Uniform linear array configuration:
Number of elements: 64
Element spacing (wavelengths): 0.25
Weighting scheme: cosine
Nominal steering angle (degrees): -30
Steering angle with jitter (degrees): -28.232
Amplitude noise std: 0.05
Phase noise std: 0.05

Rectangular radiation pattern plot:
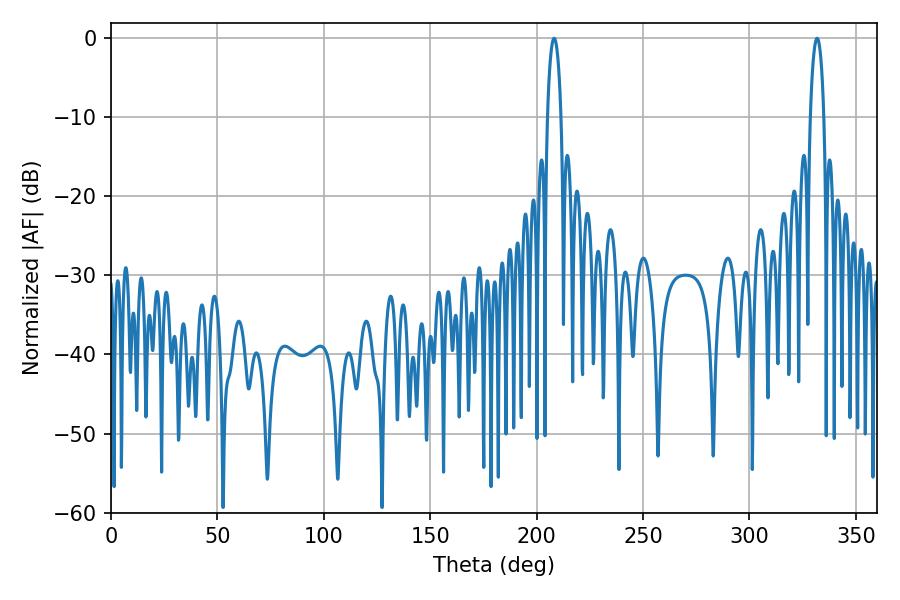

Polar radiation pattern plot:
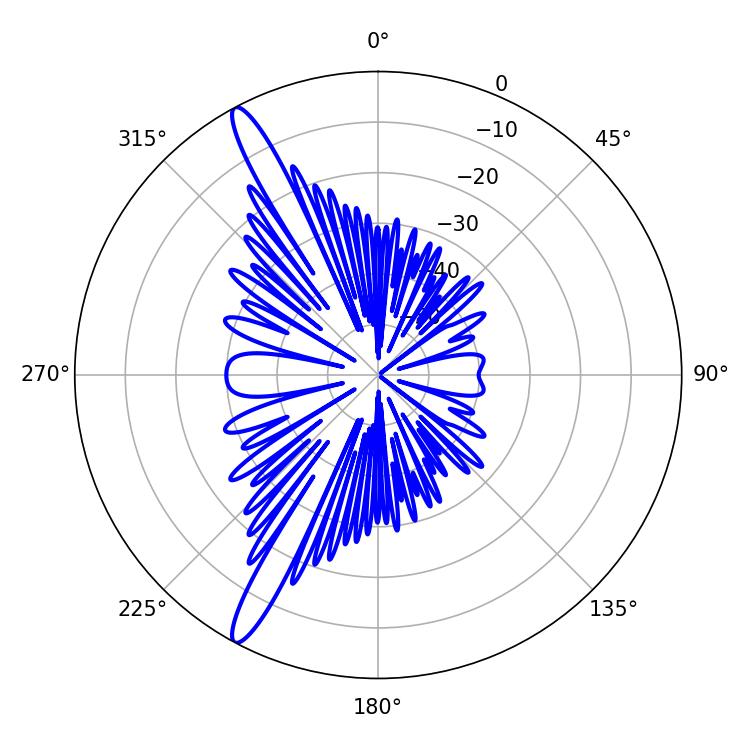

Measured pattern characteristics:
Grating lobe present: FALSE
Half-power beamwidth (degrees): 3.6
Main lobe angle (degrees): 331.74